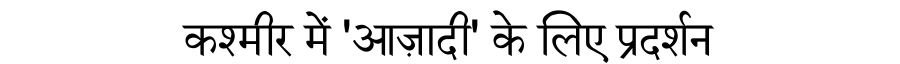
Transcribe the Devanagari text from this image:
कश्मीर में 'आज़ादी' के लिए प्रदर्शन